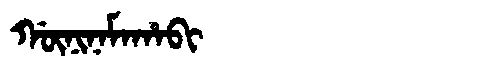
Manchu: ᡤᡡᠨᡳᠨᠠᠮᠠᡥᠠᠪᡳ
Romanization: GŪNINAMAHABI